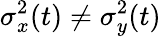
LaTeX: \sigma_{x}^{2}(t)\neq\sigma_{y}^{2}(t)